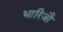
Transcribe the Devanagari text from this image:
भारिजौ